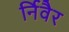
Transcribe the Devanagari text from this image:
र्निवैर